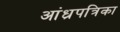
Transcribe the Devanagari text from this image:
आंध्रपत्रिका